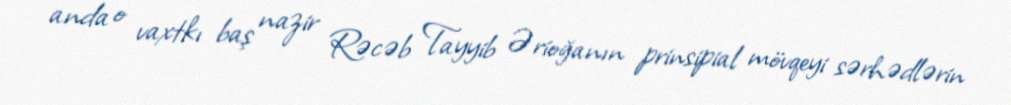
anda o vaxtkı baş nazir Rəcəb Tayyib Ərioğanın prinsipial mövqeyi sərhədlərin